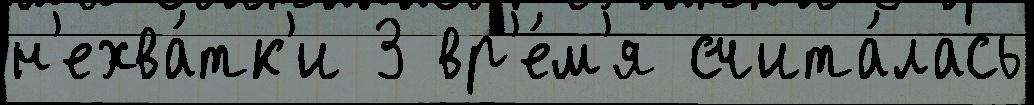
н'ехва́тк'и 3 вр'е́м'я счита́лась